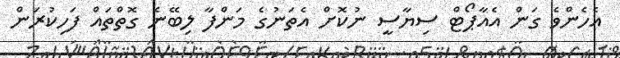
އެހެންވެ ގަން އެއާޕޯޓް ސިޔާސީ ނުކޮށް އެތަނުގެ މަންފާ ލިބޭނެ ގޮތްތައް ފަހިކުރަން